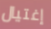
إغتيال